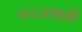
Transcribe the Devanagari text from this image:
१८८३साली